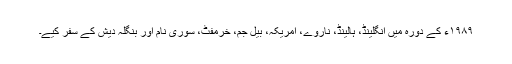
۱۹۸۹ء کے دورہ میں انگلینڈ، ہالینڈ، ناروے، امریکہ، بیل جم، خرمفٹ، سوری نام اور بنگلہ دیش کے سفر کیے۔